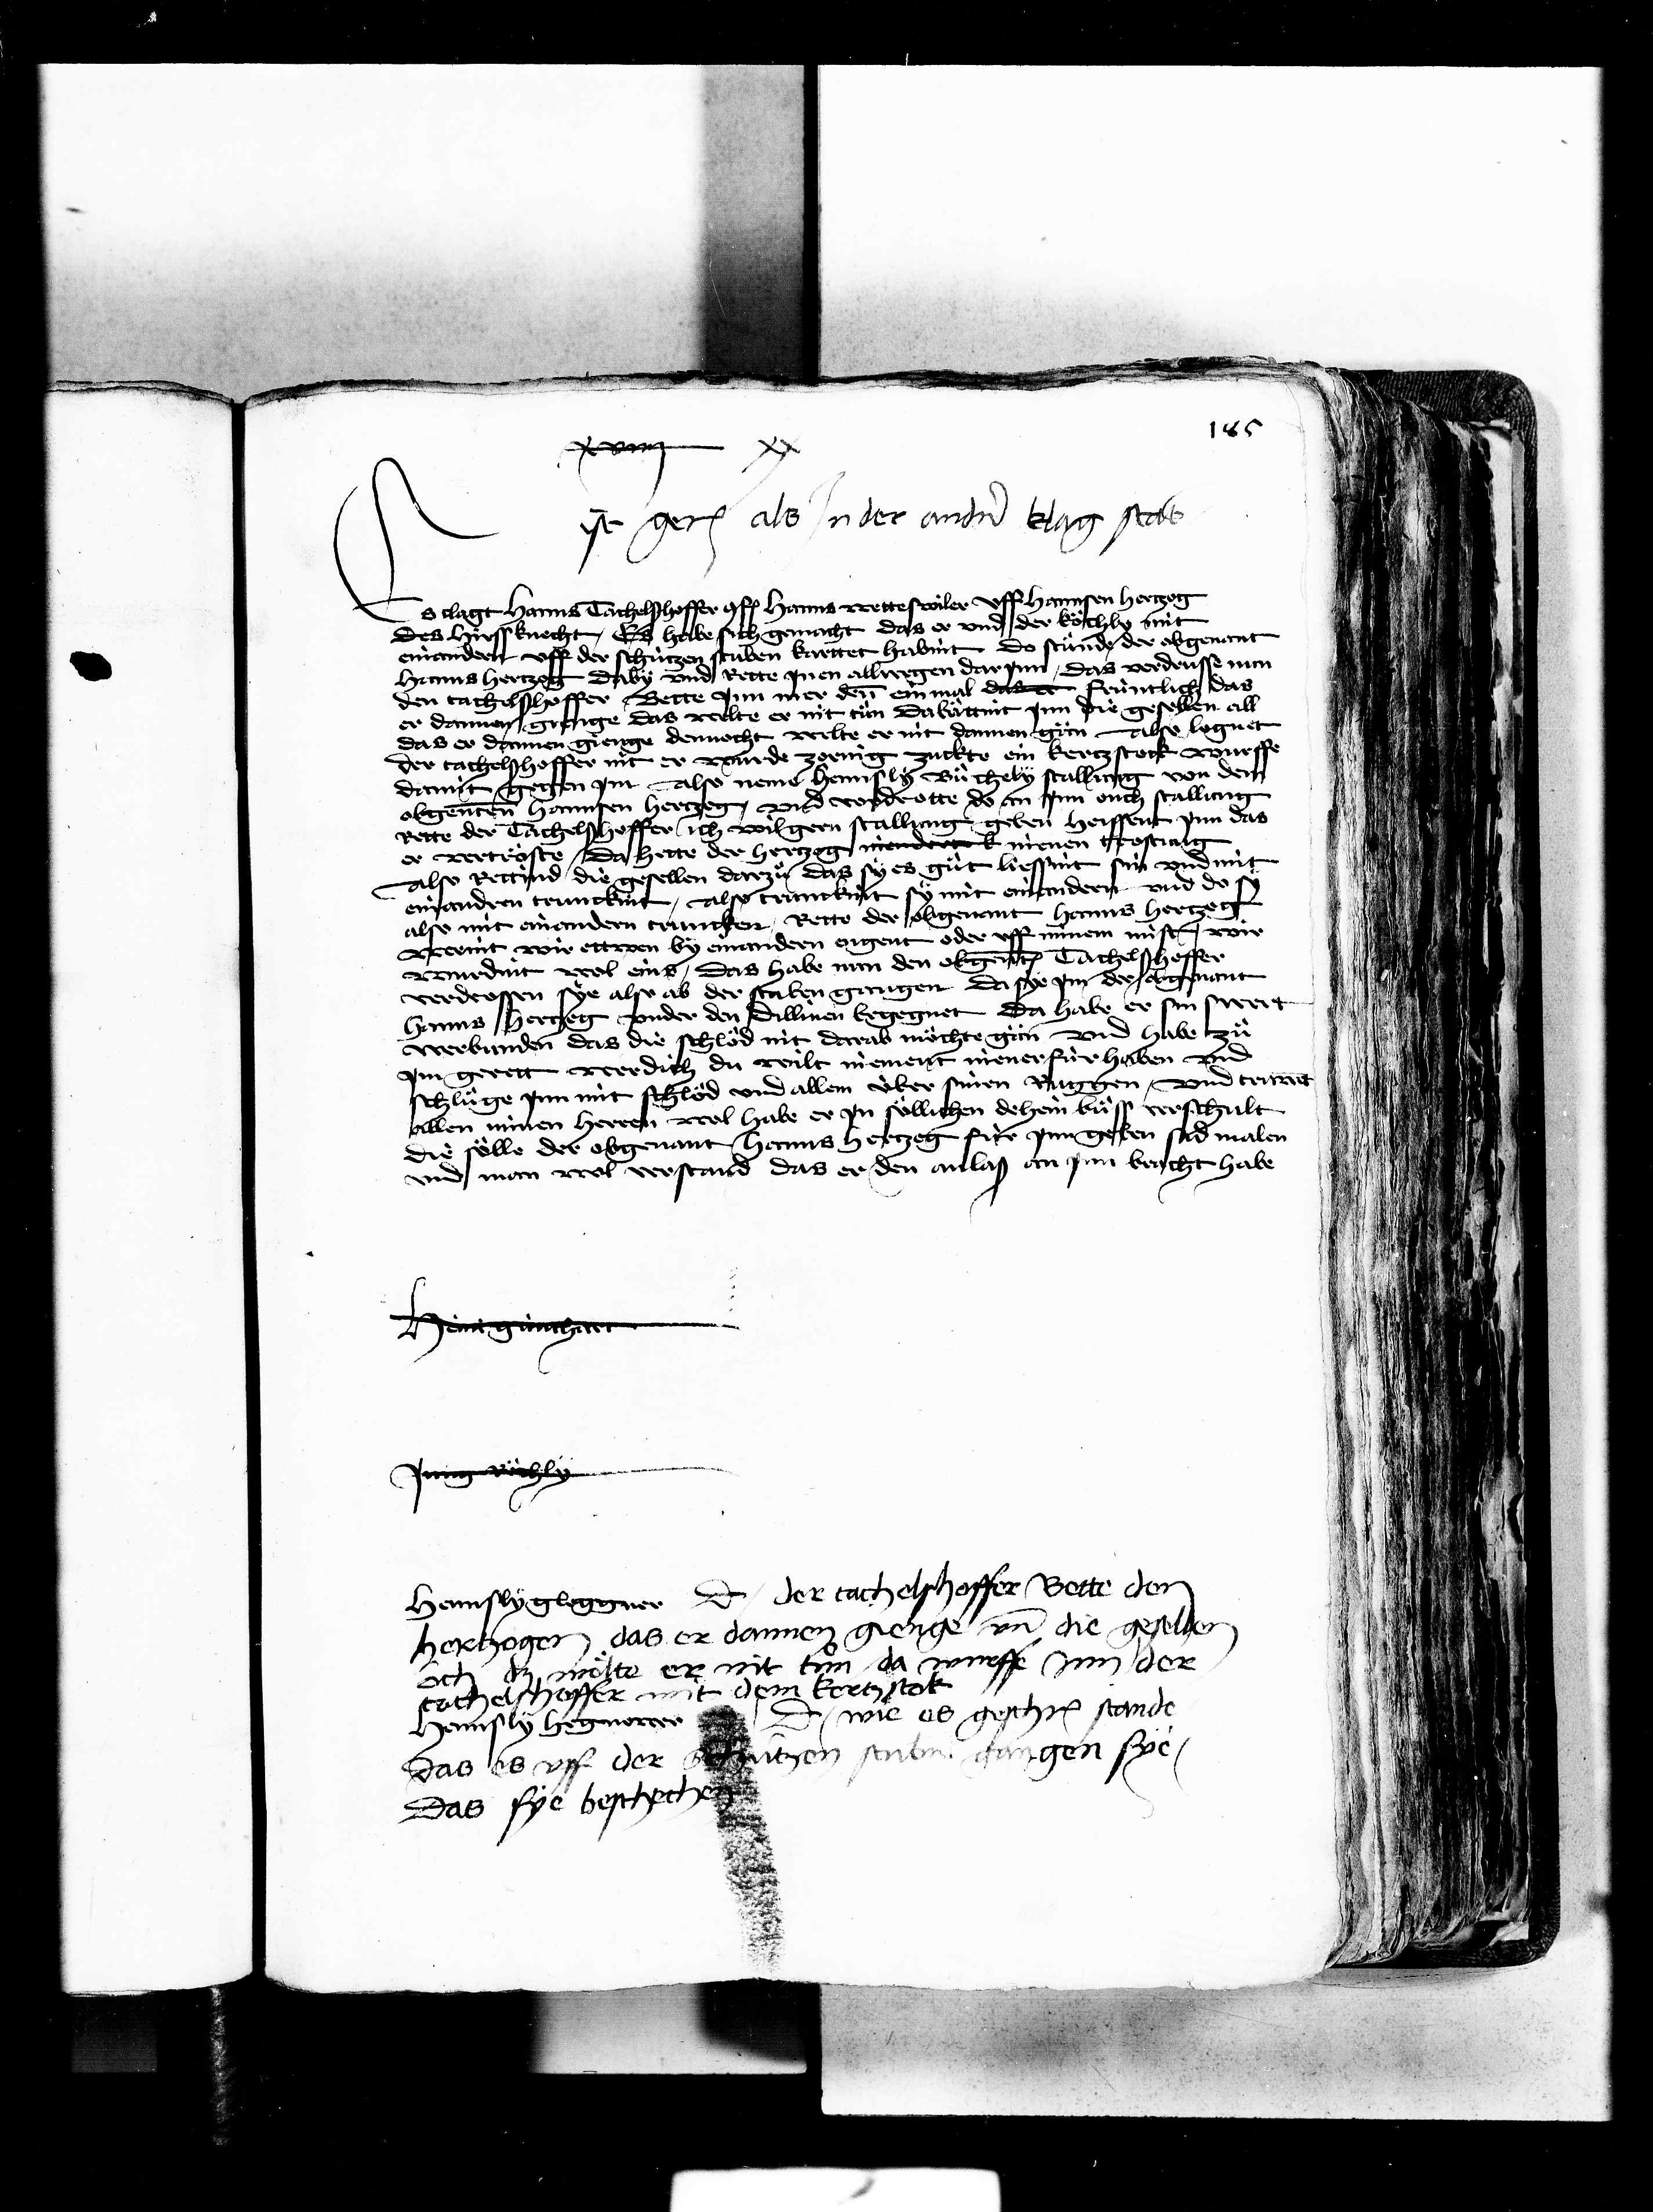
Transcription:
xiiij xx
ist gerichtet als in der andern klag statt
Es clagt Hanns Tachelsshoffer conf. hanns wetteswiler uff Hannsen hertzog
des Hirss knecht Es habe sich gemacht das er und der koechly mit
einandern uff der schützenstuben karttet habint do stuende der obgenant
hanns hertzog daby und rette jnen allwegen darjnn das verdrusse nun
den tachelsshoffer Bette jnn mer denn ein mal das er früntlich das
er dannen gienge das welte er nit tuen da baettint jnn die gesellen al
das er dannen gienge dennocht welte er nit dannen gän Also lognet
der tachelshoffer nit er wurde zornig zuckte ein kertzstock wurff
damit gegen jm Also neme hennsly Buechely stallung von dem
obgenanten hannsen hertzog und vordrotte do an jm ouch stallung
Rette der Tachelsshoffer ich wil gern stallung geben heissent jnn das
er vertroeste da hette der hertzog niendert nienen trostig
Also rettind die gesellen darzue das sy es guet liessint sin und mit
einandern trunckint Also trunckint sy mit einandern und do
also mit einandern truncken Rette der obgenant hanns hertzet
werint wir ettwen by einandern eigent oder uff minem mist wir
wurdint wol eins das habe nun den obgenanten Tachelsshoffer
verdrossen sye also ab der stuben gangen da sye jm der obgenant
hanns hertzog under den dillinen begegnet da habe er sin swert
verbunden das die schloed nit darab möchte gän und habe zue
jm gerett wer dich du wilt niement niener für haben und
schluege jnn mit schloed und allem über sinen ruggen und truwet
allen minen herren wol habe er jn soellichen dehein buess verschult
soelle der obgenant hanns hertzog für jnn geben sid malen
i man wol verstand das er den anlaß an jnn bracht habe

185

je günthart

jung Rechly

Hennsly gloggner dicit der tachelshoffer bette der
hertzogen das er dannen gienge und die gesellen
ouch dz woelte er nit tuon da wurffe jm der
tachelshoffer mit dem kertzstok
Hennsly Hegnower
das sye beschechen
d wie es geschriben stande
das es uff der schützen stuben gangen sye